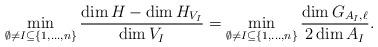
LaTeX: \begin{align*}\min_{\emptyset \neq I \subseteq \{1,\ldots, n\}} \frac{\dim H - \dim H_{V_I}}{\dim V_I} = \min_{\emptyset \neq I \subseteq \{1,\ldots, n\}} \frac{\dim G_{A_I,\ell} }{ 2 \dim A_I}.\end{align*}